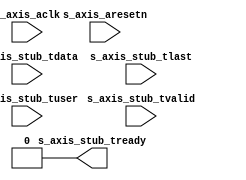
/* 
 * ----------------------------------------------------------------------------
 *  Project:  OpenIRV
 *  Purpose:  AXI4-Stream slave stub for debugging purposes.
 * ----------------------------------------------------------------------------
 *  Copyright  2020-2021, Vaagn Oganesyan <ovgn@protonmail.com>
 *  
 *  Licensed under the Apache License, Version 2.0 (the "License");
 *  you may not use this file except in compliance with the License.
 *  You may obtain a copy of the License at
 *  
 *      http://www.apache.org/licenses/LICENSE-2.0
 *  
 *  Unless required by applicable law or agreed to in writing, software
 *  distributed under the License is distributed on an "AS IS" BASIS,
 *  WITHOUT WARRANTIES OR CONDITIONS OF ANY KIND, either express or implied.
 *  See the License for the specific language governing permissions and
 * ----------------------------------------------------------------------------
 */


`default_nettype none
`timescale 1ps / 1ps


module s_axis_stub #
(
    parameter   TREADY = 1'b0
)
(
    (* X_INTERFACE_PARAMETER = "XIL_INTERFACENAME S_RSTIF, POLARITY ACTIVE_LOW" *)
    (* X_INTERFACE_INFO = "xilinx.com:signal:reset:1.0 S_RSTIF RST" *)
    input   wire    s_axis_aresetn,

    (* X_INTERFACE_PARAMETER = "XIL_INTERFACENAME S_CLKIF, ASSOCIATED_BUSIF S_AXIS_STUB, ASSOCIATED_RESET s_axis_aresetn" *)
    (* X_INTERFACE_INFO = "xilinx.com:signal:clock:1.0 S_CLKIF CLK" *)
    input   wire    s_axis_aclk,

    (* X_INTERFACE_PARAMETER = "XIL_INTERFACENAME S_AXIS_STUB, TDATA_NUM_BYTES 4, TDEST_WIDTH 0, TID_WIDTH 0, TUSER_WIDTH 4, HAS_TREADY 1, HAS_TSTRB 0, HAS_TKEEP 0, HAS_TLAST 1" *)
    (* X_INTERFACE_INFO = "xilinx.com:interface:axis:1.0 S_AXIS_STUB TDATA"  *) input   wire    [31:0]  s_axis_stub_tdata,
    (* X_INTERFACE_INFO = "xilinx.com:interface:axis:1.0 S_AXIS_STUB TVALID" *) input   wire            s_axis_stub_tvalid,
    (* X_INTERFACE_INFO = "xilinx.com:interface:axis:1.0 S_AXIS_STUB TREADY" *) output  wire            s_axis_stub_tready,
    (* X_INTERFACE_INFO = "xilinx.com:interface:axis:1.0 S_AXIS_STUB TLAST"  *) input   wire            s_axis_stub_tlast,
    (* X_INTERFACE_INFO = "xilinx.com:interface:axis:1.0 S_AXIS_STUB TUSER"  *) input   wire    [3:0]   s_axis_stub_tuser
);
    
    assign s_axis_stub_tready = TREADY;

endmodule

/*-------------------------------------------------------------------------------------------------------------------------------------*/

`default_nettype wire